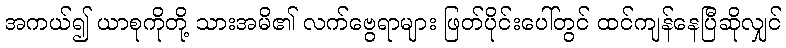
အကယ်၍ ယာစုကိုတို့ သားအမိ၏ လက်ဗွေရာများ ဖြတ်ပိုင်းပေါ်တွင် ထင်ကျန်နေပြီဆိုလျှင်